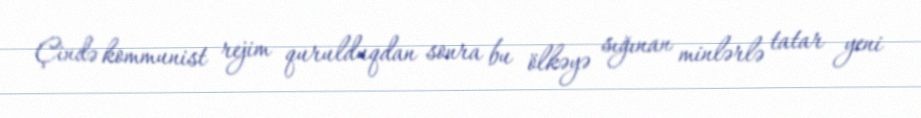
Çində kommunist rejim qurulduqdan sonra bu ölkəyə sığınan minlərlə tatar yeni